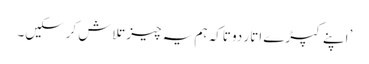
’اپنے کپڑے اتار دو تاکہ ہم یہ چیز تلاش کرسکیں۔